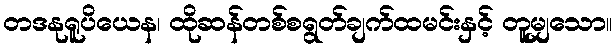
တဒနုရူပိယေန၊ ထိုဆန်တစ်စရွတ်ချက်ထမင်းနှင့် တူမျှသော။